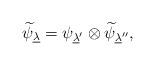
LaTeX: \begin{align*}\widetilde\psi_{\underline\lambda}=\psi_{\underline\lambda'}\otimes\widetilde{\psi}_{\underline\lambda''},\end{align*}